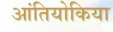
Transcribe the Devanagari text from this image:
आंतियोकिया